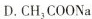
D.CH_{3}COONa